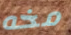
مخه